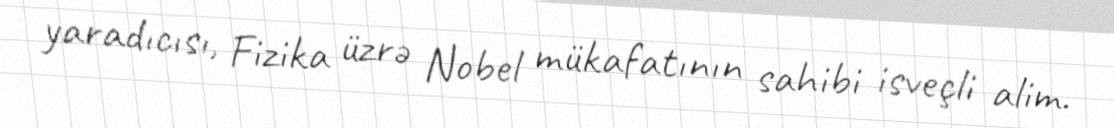
yaradıcısı, Fizika üzrə Nobel mükafatının sahibi isveçli alim.